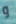
و